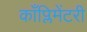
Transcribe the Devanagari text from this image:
काँप्लिमेंटरी